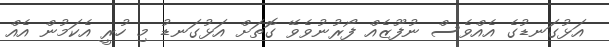
އަޅުގަނޑުގެ އެއްވެސް ނުފޫޒެއް ފޯރުނުވެވޭ ގޮތަށް އަޅުގަނޑު މި ހުރީ އެކަމުން އެއް